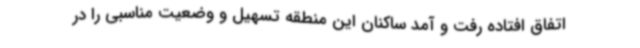
اتفاق افتاده رفت و آمد ساکنان این منطقه تسهیل و وضعیت مناسبی را در